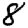
Digit: 8